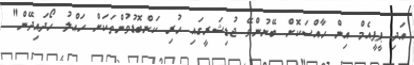
އަދި ޕީޕީއެމް އިން ހާއްސަކޮށް ބޭނުންވޭ ޖުޑިޝަރީގައި ހުރި ކަންބޮޑުވުންތަކަށް ހައްލު ހޯދައިދޭން"